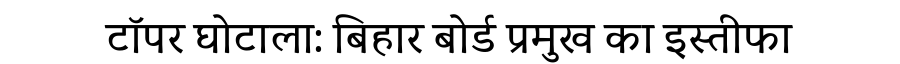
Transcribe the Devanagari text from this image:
टॉपर घोटाला: बिहार बोर्ड प्रमुख का इस्तीफा